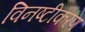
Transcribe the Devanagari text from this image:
विनष्टीकरण